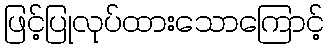
ဖြင့်ပြုလုပ်ထားသောကြောင့်